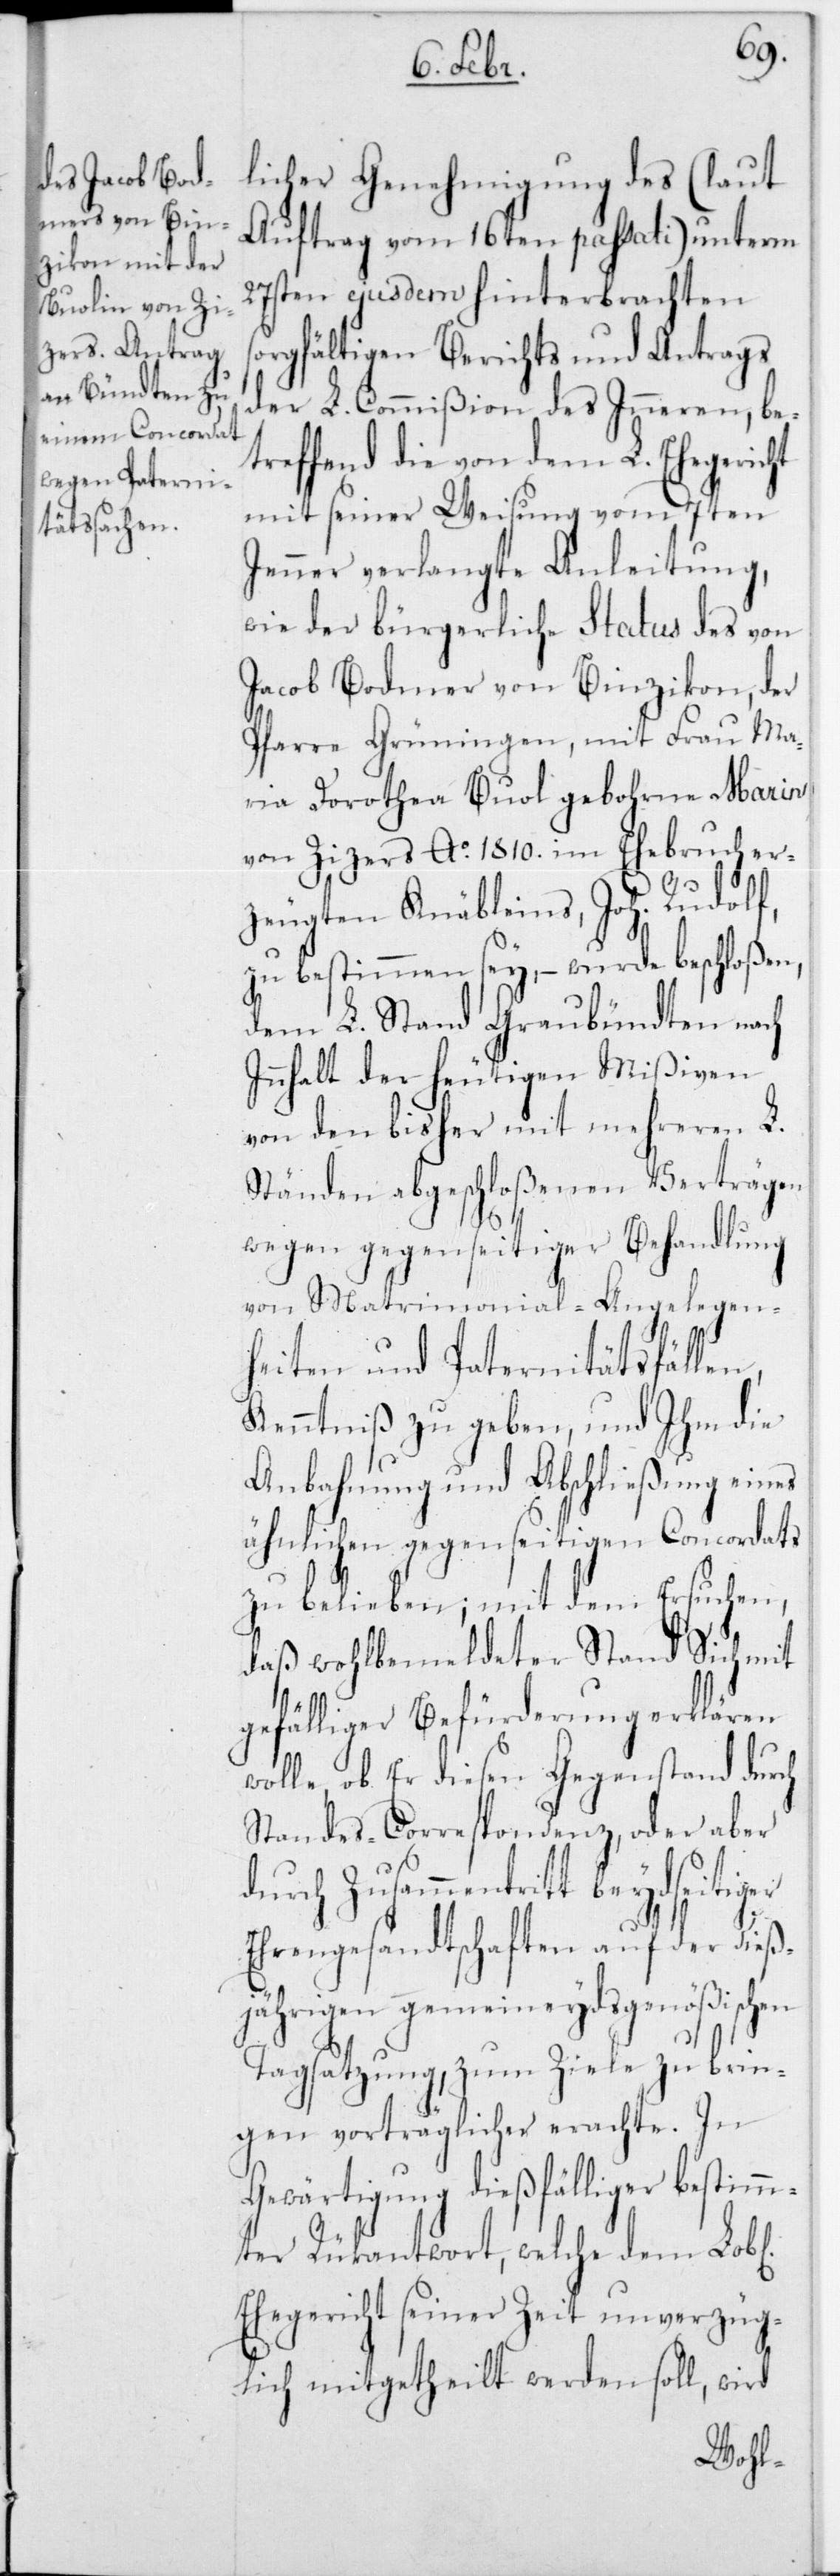
licher Genehmigung des (laut
Auftrag vom 16ten passati) unterm
27sten ejusdem hinterbrachten
sorgfältigen Berichts und Antrags
der L. Commißion des Innern, be¬
treffend die von dem L. Ehegericht
mit seiner Weisung vom 7ten
Jenner verlangte Anleitung,
wie der bürgerliche Status des von
Jacob Bodmer von Binzikon, der
Pfarre Grüningen, mit Frau Ma¬
ria Dorothea Buol, gebohrne Marin
von Zizers, Ao 1810 im Ehebruch er¬
zeugten Knäbleins, Joh. Rudolf,
zu bestimmen sey, – wurde beschloßen,
dem L. Stand Graubündten nach
Inhalt der heutigen Mißiven
von den bisher mit mehreren L.
Ständen abgeschloßenen Verträgen
wegen gegenseitiger Behandlung
von Matrimonial-Angelegen¬
heiten und Paternitätsfällen,
Kenntniß zu geben, und Ihm die
Anbahnung und Abschließung eines
ähnlichen gegenseitigen Concordats
zu belieben, mit dem Ersuchen,
daß wohlbemeldeter Stand sich mit
gefälliger Befürderung erklären
wolle, ob Er diesen Gegenstand durch
Standes-Correspondenz, oder aber
durch Zusammentritt beydseitiger
Ehrengesandtschaften auf der dieß¬
jährigen gemeineydsgenößischen
Tagsatzung, zum Ziele zu brin¬
gen vorträglicher erachte. In
Gewärtigung dießfälliger bestim¬
mter Rückantwort, welche dem Lobl.
Ehegericht seiner Zeit unverzüg¬
lich mitgetheilt werden soll, wird